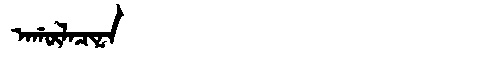
Manchu: ᠠᡤᡡᠯᠠᠴᡳᠨᠠ
Romanization: AGŪLACINA